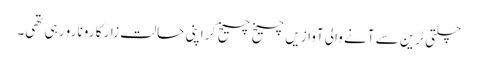
چلتی ٹرین سے آنے والی آوازیں چیخ چیخ کر اپنی حالت زار کا رونا رو رہی تھی۔